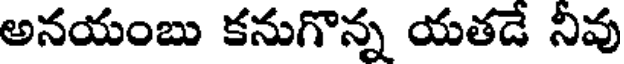
అనయంబు కనుగొన్న యతడే నీవు